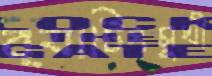
ব্যাটিংমুখী